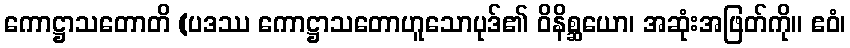
ကောဋ္ဌာသတောတိ (ပဒဿ ကောဋ္ဌာသတောဟူသောပုဒ်၏ ဝိနိစ္ဆယော၊ အဆုံးအဖြတ်ကို။ ဧဝံ၊